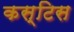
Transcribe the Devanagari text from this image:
कस्टिस